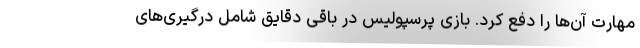
مهارت آن‌ها را دفع کرد. بازی پرسپولیس در باقی دقایق شامل درگیری‌های